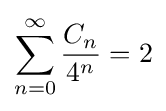
\sum _{n=0}^{\infty }{\frac {C_{n}}{4^{n}}}=2